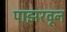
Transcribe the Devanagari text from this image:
पाझरवून